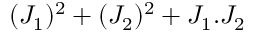
( J _ { 1 } ) ^ { 2 } + ( J _ { 2 } ) ^ { 2 } + J _ { 1 } . J _ { 2 }